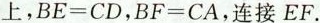
上，$$BE=CD$$，$$BF=CA$$，连接EF.